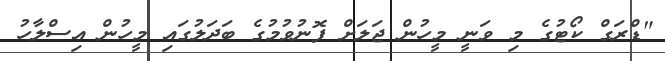
"ޑްރަގް ކޯޓުގެ މި ވަނީ މީހުން ޖަލަށް ފޮނުވުމުގެ ބަދަލުގައި މީހުން އިސްލާހު